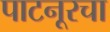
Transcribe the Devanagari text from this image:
पाटनूरचा